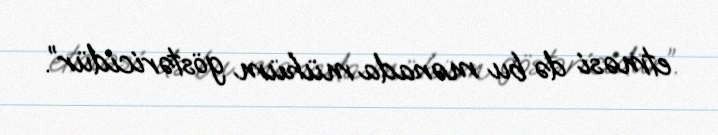
etməsi də bu mənada mühüm göstəricidür”.